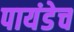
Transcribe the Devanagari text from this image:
पायंडेच